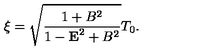
\xi = \sqrt { \frac { 1 + B ^ { 2 } } { 1 - { \bf E } ^ { 2 } + B ^ { 2 } } } T _ { 0 } .